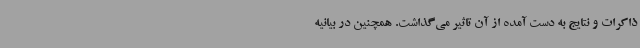
ذاکرات و نتایج به دست آمده از آن تاثیر می‌گذاشت. همچنین در بیانیه